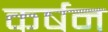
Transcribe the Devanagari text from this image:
कर्षन